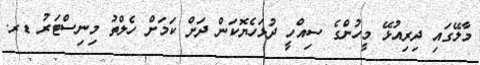
މާލޭގައި ދިރިއުޅޭ މީހުންގެ ސިއްހީ ދުޅަހެޔޮކަން ދަށް ކަމަށް ހެލްތު މިނިސްޓަރު ޑރ.